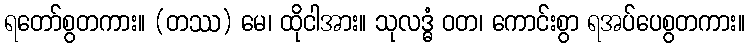
ရတော်စွတကား။ (တဿ) မေ၊ ထိုငါအား။ သုလဒ္ဓံ ဝတ၊ ကောင်းစွာ ရအပ်ပေစွတကား။